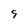
Character: 9